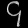
Digit: ၄